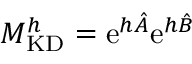
M _ { \mathrm { K D } } ^ { h } = \mathrm { e } ^ { h \hat { A } } \mathrm { e } ^ { h \hat { B } }